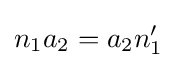
n_{1}a_{2}=a_{2}n_{1}'